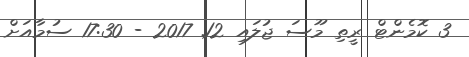
3 ކޮމެންޓް ރީތި މޫސަ ޖުލައި 12